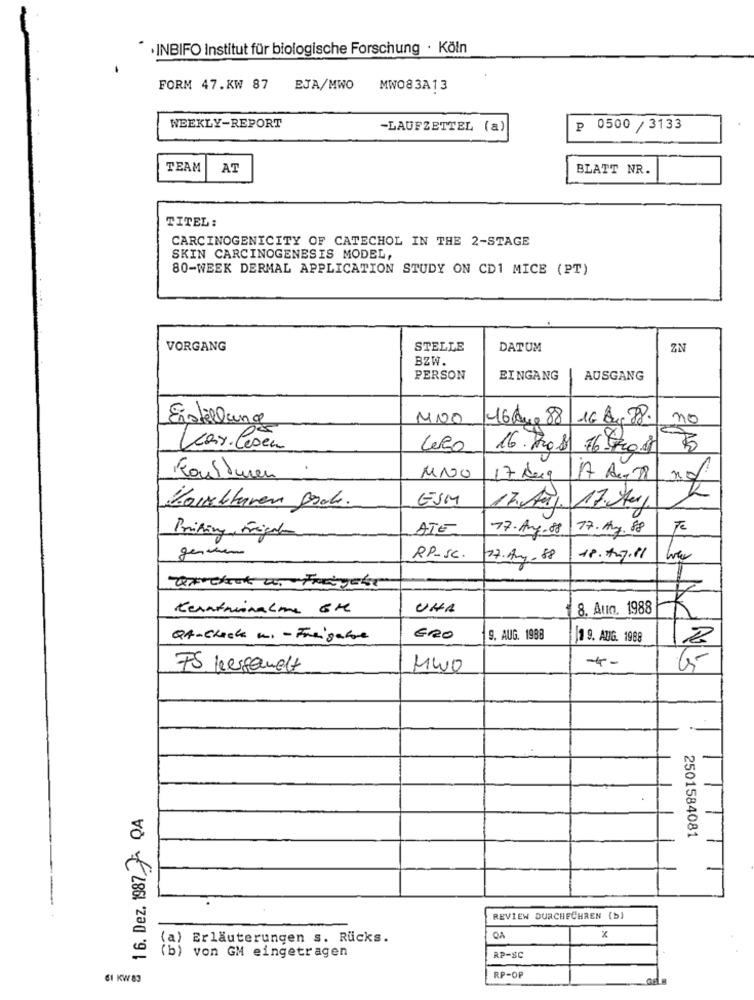
· INBIFO Institut für biologische Forschung · Köln
FORM 47.KW 87
EJA/MWO
MWO83A13
WEEKLY-REPORT
-LAUFZETTEL (a)
P
0500 / 3133
TEAM
AT
BLATT NR.
TITEL:
CARCINOGENICITY OF CATECHOL IN THE 2-STAGE
SKIN CARCINOGENESIS MODEL,
80-WEEK DERMAL APPLICATION STUDY ON CD1 MICE (PT)
VORGANG
STELLE
DATUM
ZN
BZW.
PERSON
EINGANG
AUSGANG
Erstellung
MNO
16 Rue 88
16 Bug 88.
no
Kar. Losen
16. Pro8
LAS
MNO
Konturen
17 dece
ESM
Korrekturen grob.
17. Aug.
17. Hury
ATE
17.Aug-88
17. Az.88
Te
Printing, Frigato
gennem
RP-SC.
17.Am-88
18.717.11
Kenntminalme 6H
UNA
8. Aun. 1988
QA-Check u. - Freigabe
ERO
9. AUG. 1988
1 9. AUG. 1988
4-
FS Kersauet
MIO
16. Dez, 1987 7 QA
2501584081
REVIEW DURCHECHREN (b)
a) Erläuterungen s. Rücks.
(b) von GM eingetragen
RP-SC
CI KW 83
RP-OP